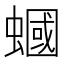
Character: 蟈